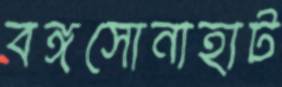
বঙ্গসোনাহাট